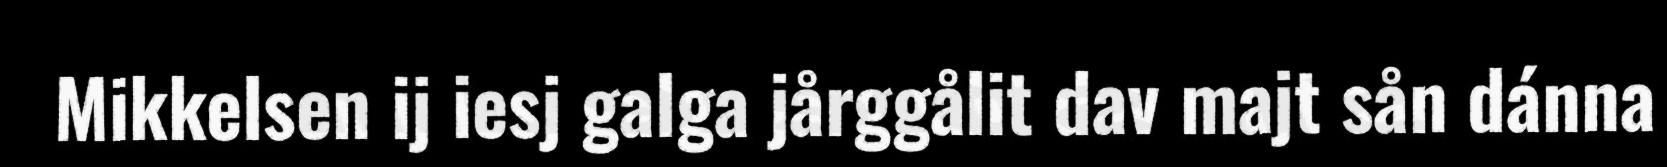
Mikkelsen ij iesj galga jårggålit dav majt sån dánna